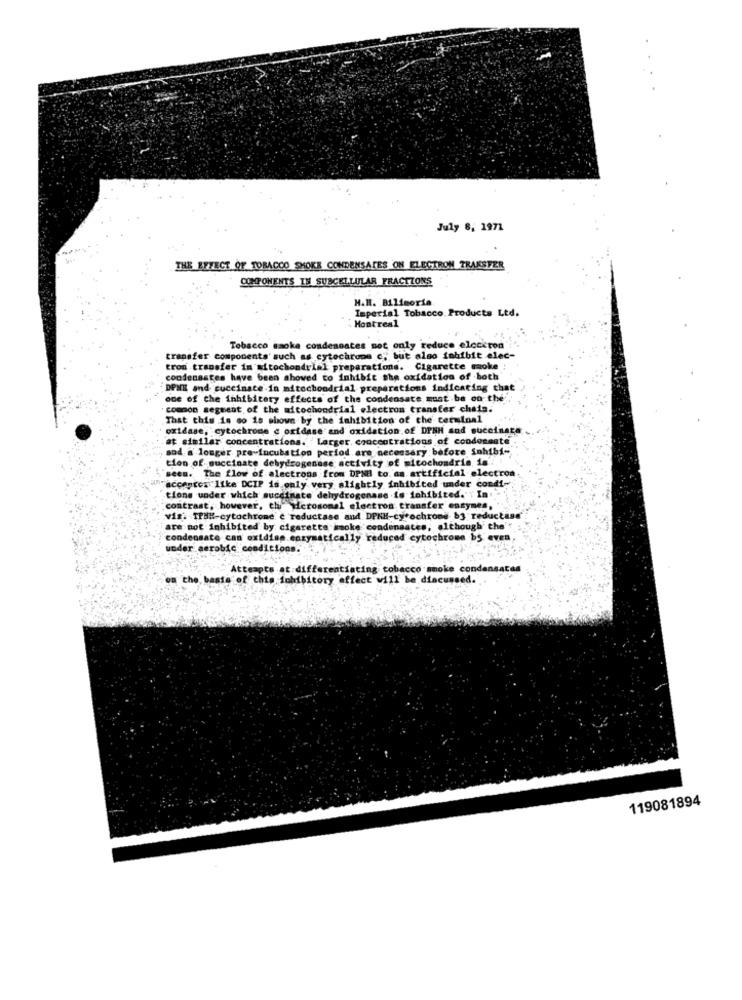
July 8, 1971
THE EFFECT OF TOBACCO SHOKE CONDENSATES ON ELECTRON TRAKSTER
COMPONENTS IN SUBCELLULAR FRACTIONS
H.H. Bilimoria
Imperial Tobacco Products Ltd.
Montreal
Tobacco smoke condensates not only reduce elcckton"
transfer components such as cytochrome c, but also fahibit elec-
trom transfer im Mitochondrial preparations. Cigarette smoke :
condenastes have been shoved to inhibit the oxidation of both
:DPNI and cuccinate in mitochondrial preparations indicating that
one of the inhibitory effects of the condensate must be on the.
common segment of the mitochondrial electron transfer chais.
That this is so is shown by the inhibition of the terminal
oxidase, cytochrome c oxidase and oxidation of DPAH sud suceinara
at similar concentrations. Larger. concentrations of condomente
sod a longer pre-incubation period are necessary before Sahibi-
tion of succinate dehydrogenase activity of mitochondria is.
seen. The flow of electrons from DPNEI to. an artificial electroa
"Ticcenter like DCIP is only very slightly inhibited under cond !-
tions under which succinate dehydrogenase is lohibited."In-
contrast, however, the Microsomal electron transfer enzymes,"
vis'. TPHH-cytochrome e reductase and DPKH-cytochrome b3 reductase'
are not inhibited by cigarette smoke condensates, although the'"
condensate can oxidiss enzymatically reduced cytochrome bS even
under aerobic conditions.
Attempts at differentiating tobacco moke conden
on the baste of Chte inhibitory affect will be discussed.
119081894